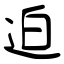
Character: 迫